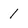
Character: 1